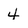
Character: 4